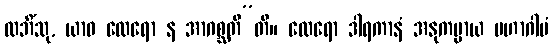
လဘိံသု, ယာဝ ထေရော န အာဂစ္ဆတီ”တိ။ ထေရော ဒါရကာနံ အနုကမ္ပာယ မဟာဂါမံ